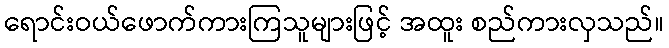
ရောင်းဝယ်ဖောက်ကားကြသူများဖြင့် အထူး စည်ကားလှသည်။